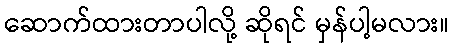
ဆောက်ထားတာပါလို့ ဆိုရင် မှန်ပါ့မလား။